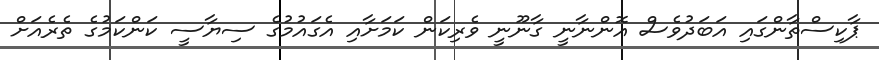
ޕާކިސްތާންގައި އަބަދުވެސް އޮންނާނީ ގާނޫނީ ވެރިކަން ކަމަށާއި އެގައުމުގެ ސިޔާސީ ކަންކަމުގެ ތެރެއަށް